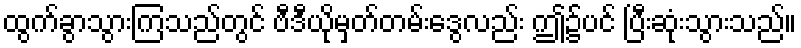
ထွက်ခွာသွားကြသည်တွင် ဗီဒီယိုမှတ်တမ်းဒွေလည်း ဤ၌ပင် ပြီးဆုံးသွားသည်။